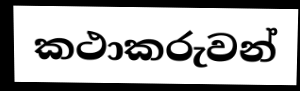
කථාකරුවන්